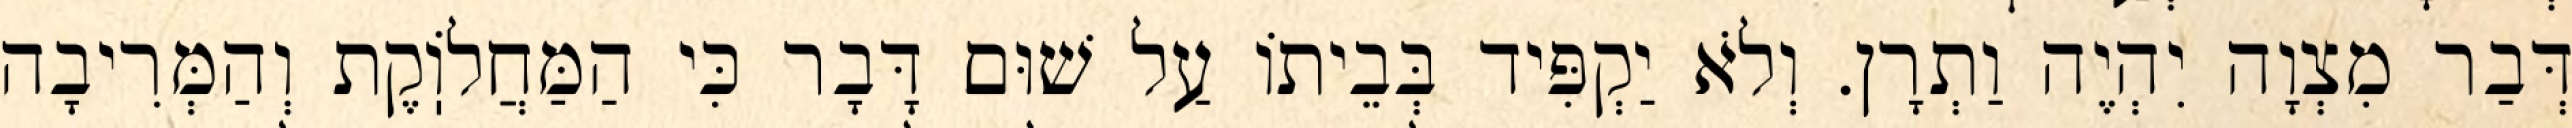
דְּבַר מִצְוָה יִהְיֶה וַתְרָן. וְלֹא יַקְפִּיד בְּבֵיתוֹ עַל שׁוּם דָּבָר כִּי הַמַּחֲלֹוֽקֶת וְהַמְּרִיבָה